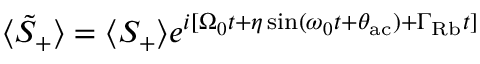
\begin{array} { r } { \langle \tilde { S } _ { + } \rangle = \langle S _ { + } \rangle e ^ { i [ \Omega _ { 0 } t + \eta \sin ( \omega _ { 0 } t + \theta _ { \mathrm { a c } } ) + \Gamma _ { \mathrm { R b } } t ] } } \end{array}